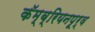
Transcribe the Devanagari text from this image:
कॅम्ब्रियनपूर्व